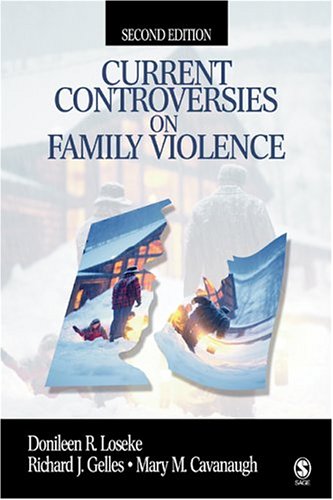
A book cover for Current Controversies on Family Violence; Donileen R. Loseke; Parenting & Relationships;